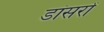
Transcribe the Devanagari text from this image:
डांसरों